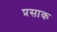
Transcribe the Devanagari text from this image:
प्रसाक